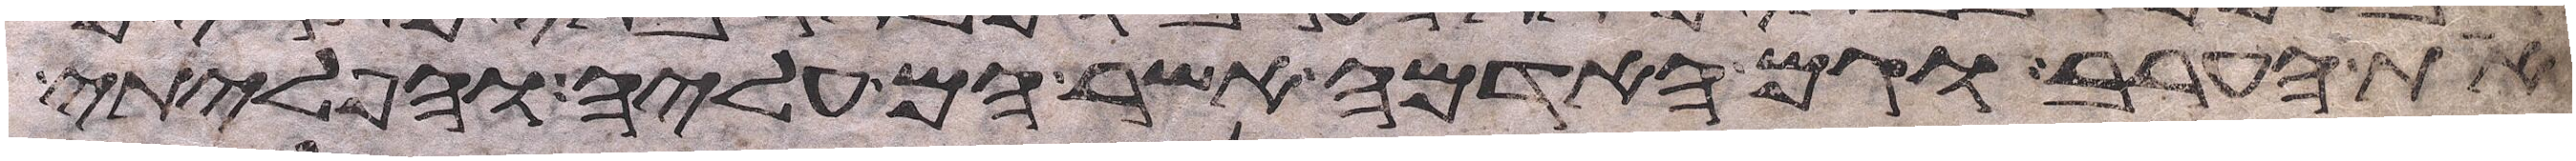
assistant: את הערב וגם האדמה אשר הם עליה והפליתי